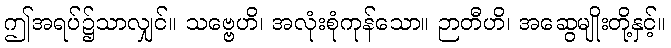
ဤအရပ်၌သာလျှင်။ သဗ္ဗေဟိ၊ အလုံးစုံကုန်သော။ ဉာတီဟိ၊ အဆွေမျိုးတို့နှင့်။